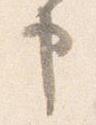
申